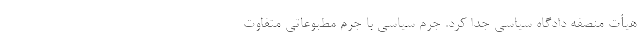
هیأت منصفه دادگاه سیاسی جدا کرد. جرم سیاسی با جرم مطبوعاتی متفاوت